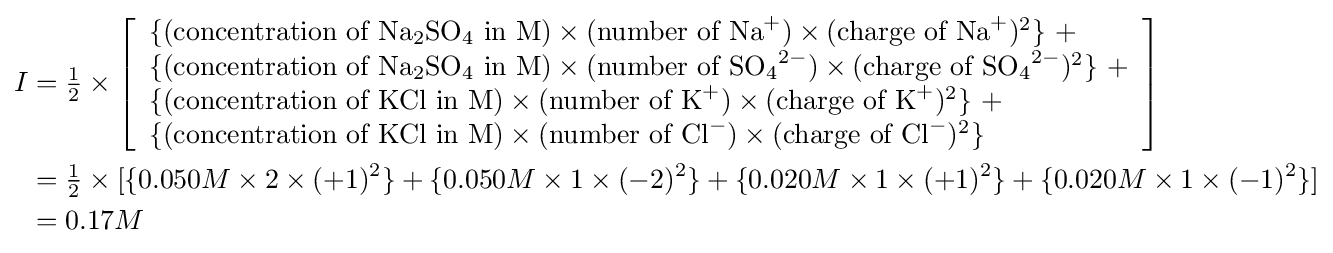
{\begin{aligned}I&={\tfrac {1}{2}}\times \left[{\begin{array}{l}\{({\text{concentration of }}{\ce {Na2SO4}}{\text{ in M}})\times ({\text{number of }}{\ce {Na+}})\times ({\text{charge of }}{\ce {Na+}})^{2}\}\ +\\\{({\text{concentration of }}{\ce {Na2SO4}}{\text{ in M}})\times ({\text{number of }}{\ce {SO4^2-}})\times ({\text{charge of }}{\ce {SO4^2-}})^{2}\}\ +\\\{({\text{concentration of }}{\ce {KCl}}{\text{ in M}})\times ({\text{number of }}{\ce {K+}})\times ({\text{charge of }}{\ce {K+}})^{2}\}\ +\\\{({\text{concentration of }}{\ce {KCl}}{\text{ in M}})\times ({\text{number of }}{\ce {Cl-}})\times ({\text{charge of }}{\ce {Cl-}})^{2}\}\end{array}}\right]\\&={\tfrac {1}{2}}\times [\{0.050M\times 2\times (+1)^{2}\}+\{0.050M\times 1\times (-2)^{2}\}+\{0.020M\times 1\times (+1)^{2}\}+\{0.020M\times 1\times (-1)^{2}\}]\\&=0.17M\end{aligned}}